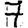
Digit: 7